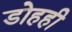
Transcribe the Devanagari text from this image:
डोहही